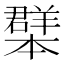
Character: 𦏓